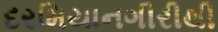
દરમિયાનગીરીથી